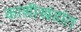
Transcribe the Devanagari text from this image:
काशीखंडांत